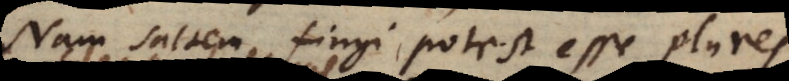
Nam saltem fingi potest esse plures,